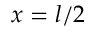
x = l / 2